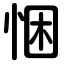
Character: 悃